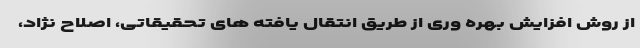
از روش افزایش بهره وری از طریق انتقال یافته های تحقیقاتی، اصلاح نژاد،